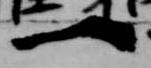
一